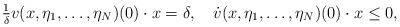
LaTeX: \begin{align*} \tfrac{1}{\delta} v(x,\eta_1,\dotsc,\eta_N)(0)\cdot x= \delta, \quad\dot{v}(x,\eta_1,\dotsc,\eta_N)(0)\cdot x \leq 0,\end{align*}